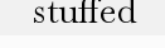
stuffed